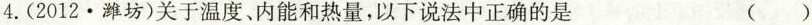
4.(2012.潍坊)关于温度、内能和热量，以下说法中正确的是 ()